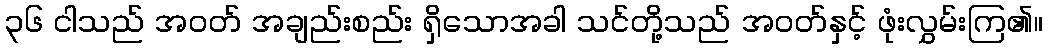
၃၆ ငါသည် အဝတ် အချည်းစည်း ရှိသောအခါ သင်တို့သည် အဝတ်နှင့် ဖုံးလွှမ်းကြ၏။